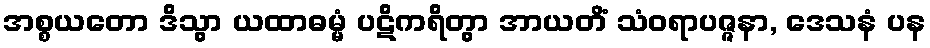
အစ္စယတော ဒိသွာ ယထာဓမ္မံ ပဋိကရိတွာ အာယတိံ သံဝရာပဇ္ဇနာ, ဒေသနံ ပန